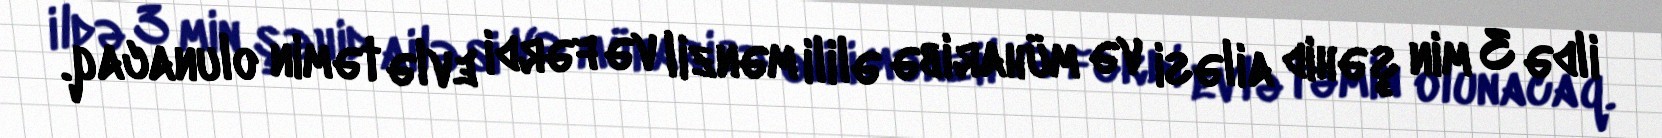
ildə 3 min şəhid ailəsi və müharibə əlili mənzil və fərdi evlə təmin olunacaq.